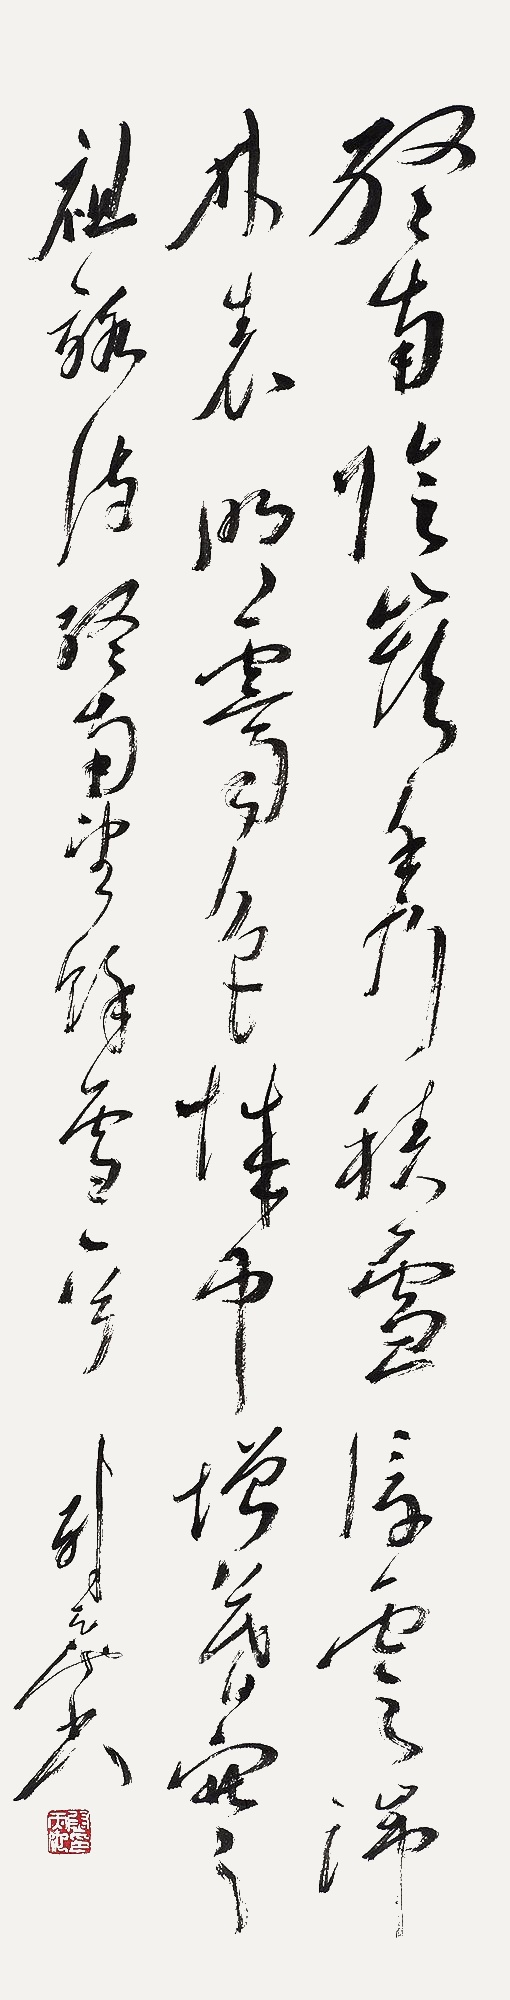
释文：终南临岭秀，积雪浮云端。林表明霁色，城中增暮雪。祖咏诗终南望余雪一首。尉天池。